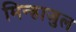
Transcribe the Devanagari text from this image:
मिन्हाजुल